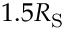
1 . 5 R _ { \mathrm { S } }